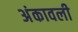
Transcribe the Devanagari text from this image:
अंकावली